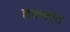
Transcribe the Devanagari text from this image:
हक्कांत